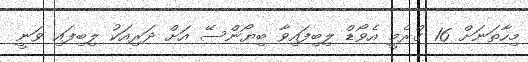
މިހާތަނަށް 16 ގްރެމީ އެވޯޑް ލިބިފައިވާ ބިޔޯންސޭ އަށް ދަރިއަކު ލިބިފައި ވަނީ